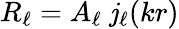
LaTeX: R_{\ell}=A_{\ell}\; \mathit{j}_{\ell}(kr)